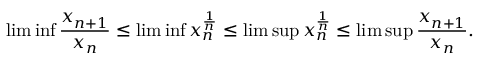
\operatorname* { l i m } \operatorname* { i n f } \frac { x _ { n + 1 } } { x _ { n } } \leq \operatorname* { l i m } \operatorname* { i n f } x _ { n } ^ { \frac { 1 } { n } } \leq \operatorname* { l i m } \operatorname* { s u p } x _ { n } ^ { \frac { 1 } { n } } \leq \operatorname* { l i m } \operatorname* { s u p } \frac { x _ { n + 1 } } { x _ { n } } .